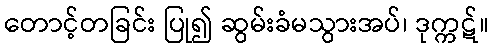
တောင့်တခြင်း ပြု၍ ဆွမ်းခံမသွားအပ်၊ ဒုက္ကဋ်။